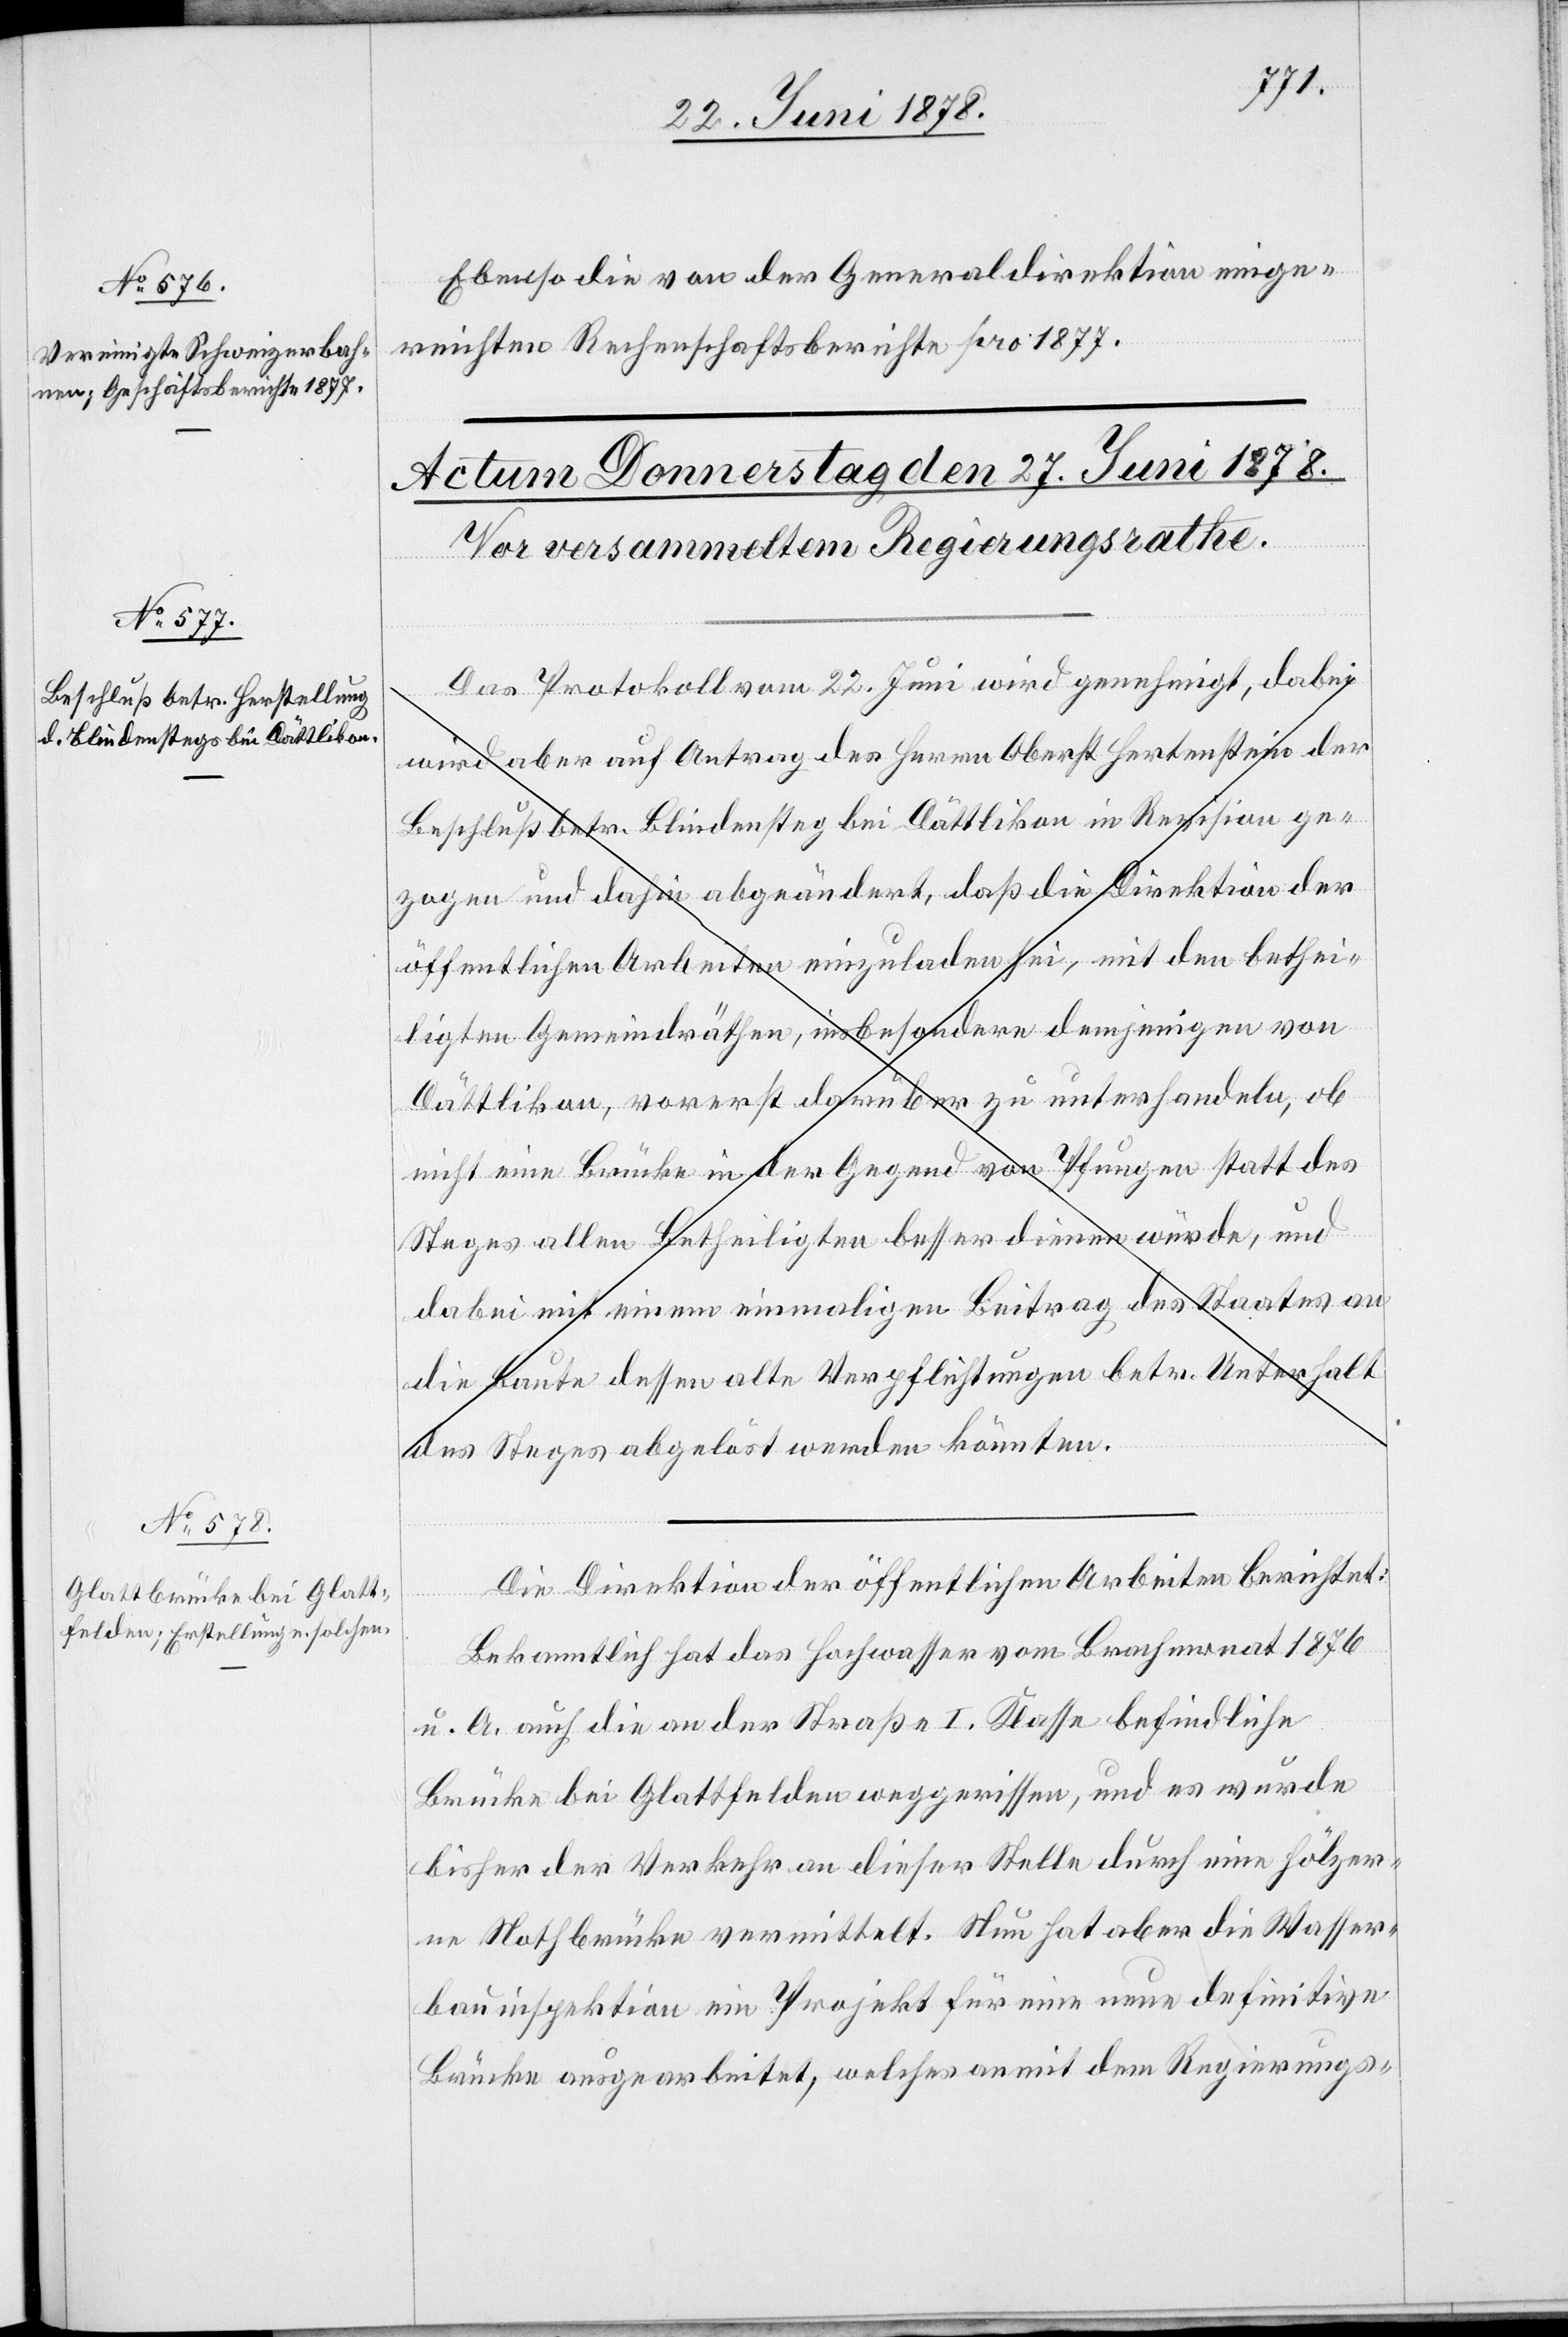
22. Juni 1878.]
Ebenso die von der Generaldirektion einge¬
reichten Rechenschaftsberichte pro 1877.
Das Protokoll vom 22. Juni wird genehmigt, dabei
wird aber auf Antrag des Herrn Oberst Hertenstein der
Beschluß betr. Blindensteg bei Dättlikon in Revision ge¬
zogen und dahin abgeändert, daß die Direktion der
öffentlichen Arbeiten einzuladen sei, mit den bethei¬
ligten Gemeindräthen, insbesondere demjenigen von
Dättlikon, vorerst darüber zu unterhandeln, ob
nicht eine Brücke in der Gegend von Pfungen statt des
Steges allen Betheiligten besser dienen würde, und
dabei mit einem einmaligen Beitrag des Staates an
die Baute dessen alte Verpflichtungen betr. Unterhalt
des Steges abgelöst werden könnten.
Die Direktion der öffentlichen Arbeiten berichtet:
Bekanntlich hat das Hochwasser vom Brachmonat 1876
u. A. auch die an der Straße I. Klasse befindliche
Brücke bei Glattfelden weggerissen, und es wurde
bisher der Verkehr an dieser Stelle durch eine hölzer¬
ne Nothbrücke vermittelt. Nun hat aber die Wasser¬
bauinspektion ein Projekt für eine neue definitive
Brücke ausgearbeitet, welches anmit dem Regierungs-